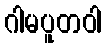
ဂါမပူတဝါ